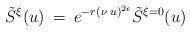
LaTeX: \begin{align*}\tilde S^\xi(u) \> = \> e^{-r (\nu\> u)^{2 \epsilon}} \tilde S^{\xi=0}(u)\end{align*}